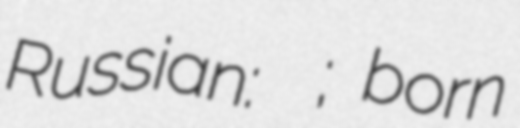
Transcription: Russian: Юрий Шуманский; born